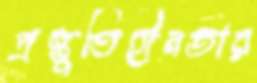
প্রস্তুতিহীনতার